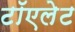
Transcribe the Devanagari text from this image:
टॉएलेट